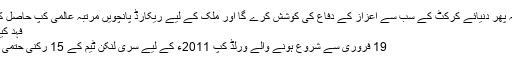
15 رکنی دستہ ایک مرتبہ پھر دنیائے کرکٹ کے سب سے اعزاز کے دفاع کی کوشش کرے گا اور ملک کے لیے ریکارڈ پانچویں مرتبہ عالمی کپ حاصل کرنے کی کوشش کرے…
فہد کیہر	 9 جنوری 2011 1
19 فروری سے شروع ہونے والے ورلڈ کپ 2011ء کے لیے سری لنکن ٹیم کے 15 رکنی حتمی اسکواڈ کا اعلان کردیا گیا۔